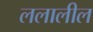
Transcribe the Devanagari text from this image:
ललालील